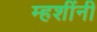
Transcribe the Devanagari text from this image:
म्हशींनी